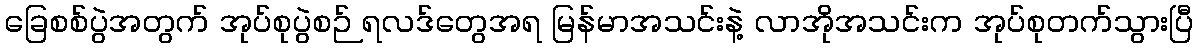
ခြေစစ်ပွဲအတွက် အုပ်စုပွဲစဉ် ရလဒ်တွေအရ မြန်မာအသင်းနဲ့ လာအိုအသင်းက အုပ်စုတက်သွားပြီ